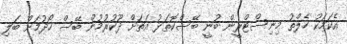
އެކަމަކު ހެލްތު މިނިސްޓްރީން ބުނީ ބޭސްކޮތަޅު އަތަށް ދޫކުރުމުން ބޭސް ހޯދުމަށް ބަލި